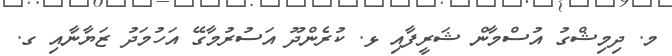
މ. ދިމިޝްގު އުސްމާން ޝަރީފާއި ޅ. ކުރެންދޫ އަސުރުމާގޭ އަހުމަދު ޒަޔާނާއި ގ.